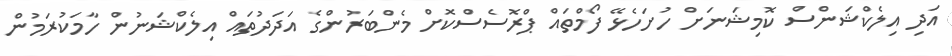
އަދި އިލެކްޝަންސް ކޮމިޝަނަށް ހުށަހެޅޭ ފޯމްތައް ޕްރޮސެސްކޮށް މެންބަރުންގެ އަދަދުތައް އިލެކްޝަނުން ހާމަކުރަމުން